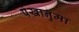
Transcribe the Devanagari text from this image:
पंखानुमा